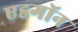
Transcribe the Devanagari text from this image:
एडगॉन